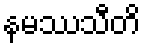
နမဿသီတိ